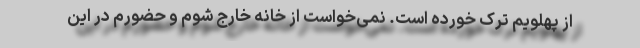
از پهلویم ترک خورده است. نمی‌خواست از خانه خارج شوم و حضورم در این